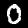
Label: 0